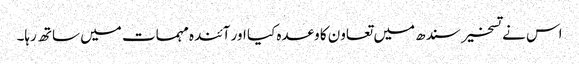
اس نے تسخیر سندھ میں تعاون کا وعدہ کیا اور آئندہ مہمات میں ساتھ رہا۔